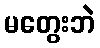
မတွေးဘဲ